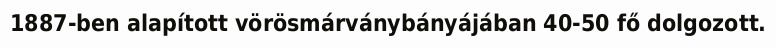
1887-ben alapított vörösmárványbányájában 40-50 fő dolgozott.